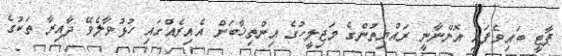
ޕާޓީ ބައިވެފައި އޮންނާނީ ރައްޔިތުންގެ މަޖިލީހުގެ އިންތިޚާބަށް އެއިރެއްގައި ހުޅުވާލެވޭ ދާއިރާ ތަކުގެ